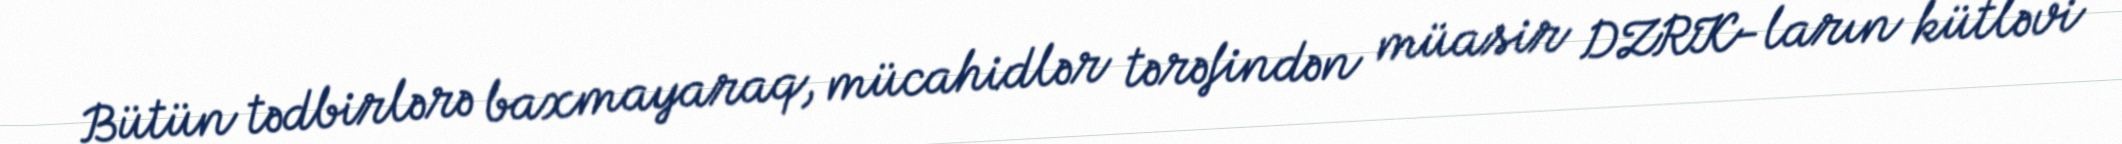
Bütün tədbirlərə baxmayaraq, mücahidlər tərəfindən müasir DZRK-ların kütləvi